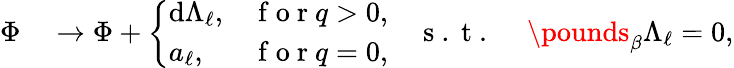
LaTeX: \begin{array}{rl}{\Phi}&{{}\to\Phi+\left\{ \begin{array}{ll}{\mathrm{d}\Lambda_{\ell},}&{\mathrm{~f~o~r~}q>0,}\\ {a_{\ell},}&{\mathrm{~f~o~r~}q=0,}\end{array}\right.\quad\mathrm{~s~.~t~.~}\quad\pounds_{\beta}\Lambda_{\ell}=0,}\end{array}